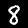
Label: 8